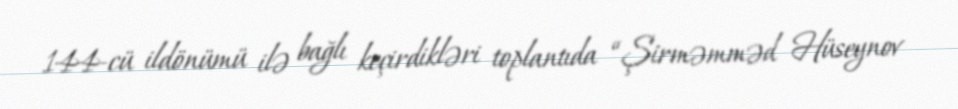
144-cü ildönümü ilə bağlı keçirdikləri toplantıda “Şirməmməd Hüseynov